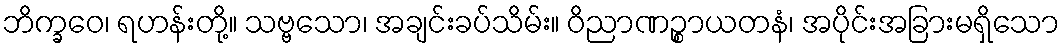
ဘိက္ခဝေ၊ ရဟန်းတို့။ သဗ္ဗသော၊ အချင်းခပ်သိမ်း။ ဝိညာဏဉ္စာယတနံ၊ အပိုင်းအခြားမရှိသော